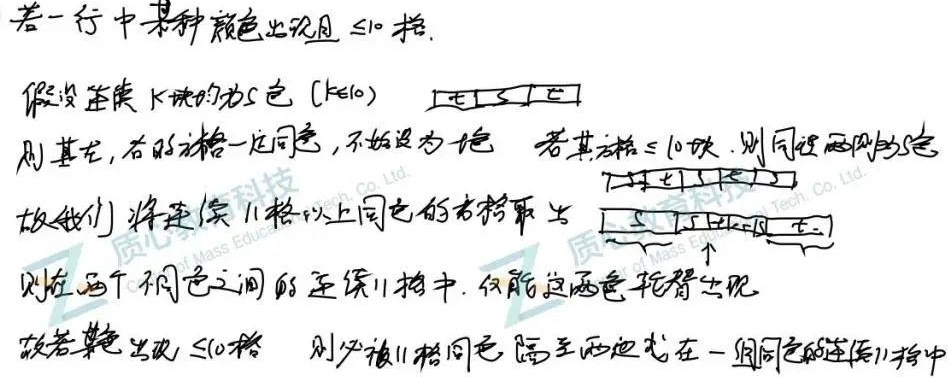
若一行中某种颜色出现且 $\leq10$ 格。假设连续 $k$ 块的为 $S$ 色（$k \leq 10$），则其余格子一定同色，不妨设为 $T$ 色。若其余格 $\leq 10$ 块，则同样设两侧为 $T$ 色。故我们将连续 $11$ 格以上同色的方格取出。则在两个同色之间的连续 $11$ 格中，仅能这两色交替出现。故若某色出现 $\leq 10$ 格，则必被 $11$ 格同色隔至两边或在一组同色的连续 $11$ 格中。